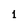
Character: 1